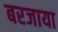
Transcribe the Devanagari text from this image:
बरजाया